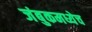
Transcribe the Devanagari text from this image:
जंबुकमध्येच